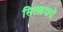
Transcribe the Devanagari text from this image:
सिलहदारों